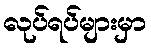
လုပ်ရပ်များမှာ